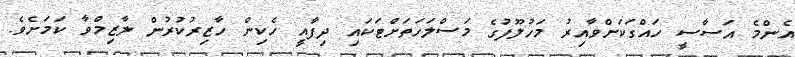
އެންމެ އަސާސީ ހައްގަކަށްވާއިރު މަހުލޫފުގެ މަސްލަހަތަށްޓަކައި ދިފާއީ ހެކިން ހާޒިރުކުރުން ލާޒިމްވާ ކަމަށެވެ.